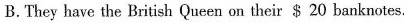
B.They have the British Queen on their $ 20 banknotes.